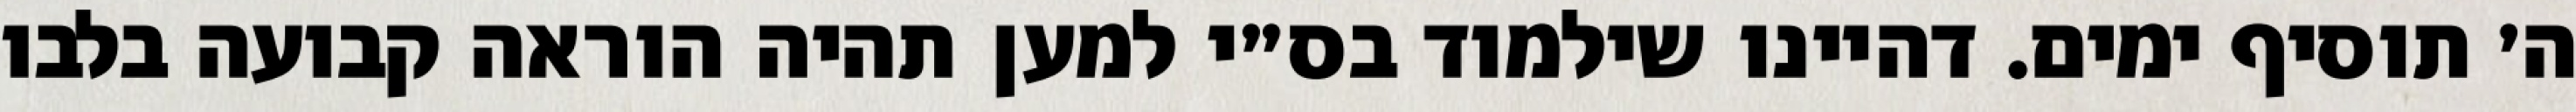
ה׳ תוסיף ימים. דהיינו שילמוד בס״י למען תהיה הוראה קבועה בלבו